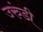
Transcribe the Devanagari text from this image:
उरुंडी